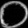
Digit: ၀